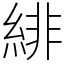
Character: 緋